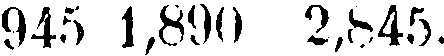
945 1,890 2,845.